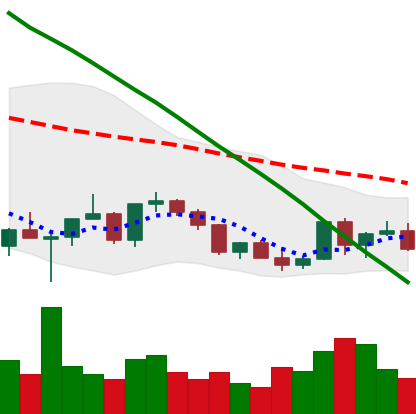
Ticker: XLM-USD
Chart end date: 2022-03-13
Forward return: 8.923%
Label: up_7plus